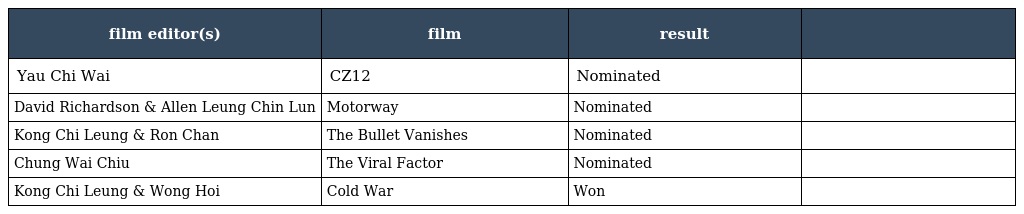
| film editor(s) | film | result |  |
 | --- | --- | --- | --- |
 | Yau Chi Wai | CZ12 | Nominated |  |
 | David Richardson & Allen Leung Chin Lun | Motorway | Nominated |  |
 | Kong Chi Leung & Ron Chan | The Bullet Vanishes | Nominated |  |
 | Chung Wai Chiu | The Viral Factor | Nominated |  |
 | Kong Chi Leung & Wong Hoi | Cold War | Won |  |